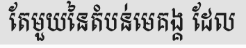
តែមួយនៃតំបន់មេគង្គ ដែល